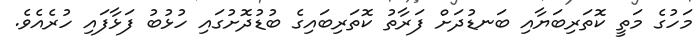
މަހުގެ މަތީ ކޮތަރިބަޔާއި ބަނޑުދަށް ފަރާތު ކޮތަރިބައިގެ ބުޑުދޮށުގައި ހުޅުބު ފަޅާފައި ހުރެއެވެ.